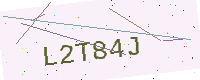
Text: L2T84J